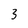
Character: 3